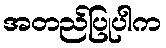
အတည်ပြုပါက